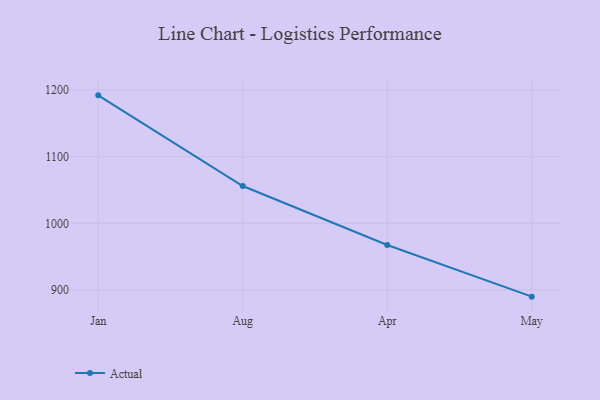
{"axis": {"x": "Month", "y": "Active Users"}, "legend": ["Actual"], "data": [{"x": "Jan", "y": 1191.9, "type": "Actual"}, {"x": "Aug", "y": 1055.9, "type": "Actual"}, {"x": "Apr", "y": 967.5, "type": "Actual"}, {"x": "May", "y": 890.0, "type": "Actual"}]}